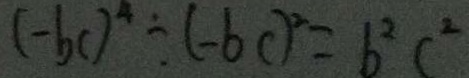
( - b c ) ^ { 4 } \div ( - 6 c ) ^ { 2 } = b ^ { 2 } c ^ { 2 }